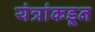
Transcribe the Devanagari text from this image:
यंत्रांकडून